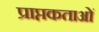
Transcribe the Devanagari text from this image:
प्राप्तकताओं